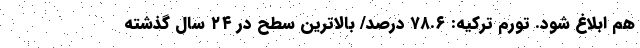
هم ابلاغ شود. تورم ترکیه: ۷۸.۶ درصد/ بالاترین سطح در ۲۴ سال گذشته